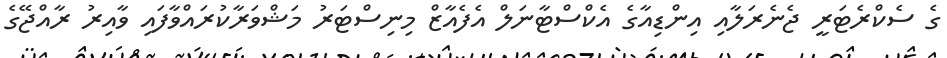
ގެ ސެކްރެޓަރީ ޖެނެރަލާއި އިންޑިއާގެ އެކްސްޓާނަލް އެފެއާޒް މިނިސްޓަރު މަޝްވަރާކުރައްވާފައި ވާއިރު ރާއްޖޭގެ